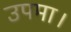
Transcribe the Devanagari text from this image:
उपमा।